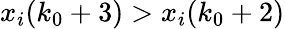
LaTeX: x_{i}(k_{0}+3)>x_{i}(k_{0}+2)